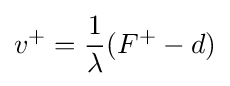
v^{+}={\frac {1}{\lambda }}(F^{+}-d)